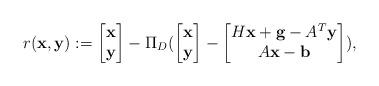
LaTeX: \begin{align*} r(\mathbf{x},\mathbf{y}):=\begin{bmatrix}\mathbf{x} \\\mathbf{y}\end{bmatrix} - \Pi_{D}(\begin{bmatrix}\mathbf{x} \\\mathbf{y}\end{bmatrix}- \begin{bmatrix}H\mathbf{x}+\mathbf{g}-A^T\mathbf{y} \\A\mathbf{x}-\mathbf{b} \end{bmatrix}),\end{align*}